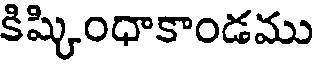
కిష్కింధాకాండము